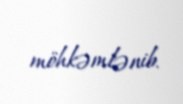
möhkəmlənib.